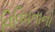
વિવિધતાનો